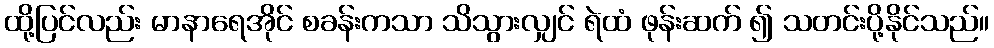
ထို့ပြင်လည်း မာနာရေအိုင် စခန်းကသာ သိသွားလျှင် ရဲထံ ဖုန်းဆက် ၍ သတင်းပို့နိုင်သည်။